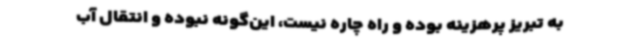
به تبریز پرهزینه بوده و راه چاره نیست، این‌گونه نبوده و انتقال آب